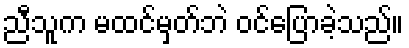
ညီသူက မထင်မှတ်ဘဲ ဝင်ပြောခဲ့သည်။